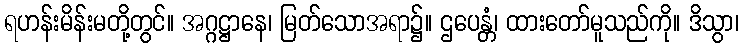
ရဟန်းမိန်းမတို့တွင်။ အဂ္ဂဋ္ဌာနေ၊ မြတ်သောအရာ၌။ ဌပေန္တံ၊ ထားတော်မူသည်ကို။ ဒိသွာ၊